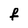
Character: f